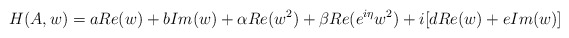
\begin{align*}H(A,w)=a Re(w)+b Im (w) +\alpha Re(w^2)+\beta Re(e^{i\eta}w^2)+i[d Re(w)+ e Im (w)]\end{align*}